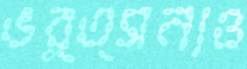
ভর্ত্সনাও